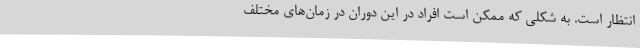
انتظار است. به شکلی که ممکن است افراد در این دوران در زمان‌های مختلف